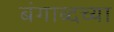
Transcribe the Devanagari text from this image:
बंगाब्दच्या